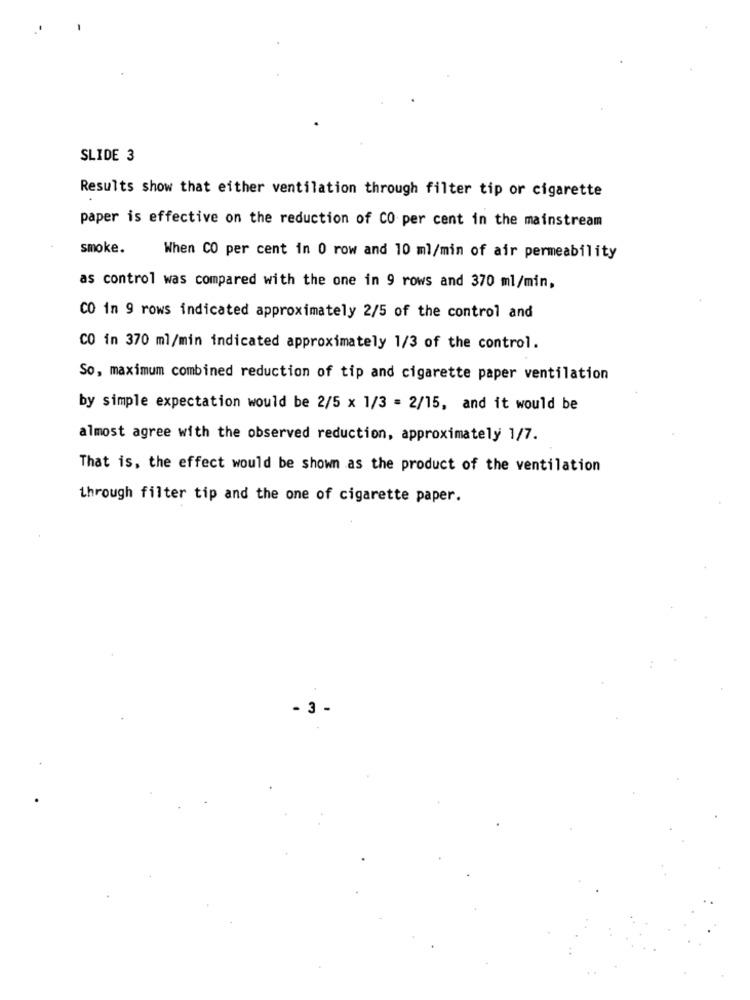
SLIDE 3
Results show that either ventilation through filter tip or cigarette
paper is effective on the reduction of CO per cent in the mainstream
smoke.
When CO per cent in 0 row and 10 ml/min of air permeability
as control was compared with the one in 9 rows and 370 ml/min,
CO in 9 rows indicated approximately 2/5 of the control and
CO in 370 ml/min indicated approximately 1/3 of the control.
So, maximum combined reduction of tip and cigarette paper ventilation
by simple expectation would be 2/5 x 1/3 = 2/15, and it would be
almost agree with the observed reduction, approximately 1/7.
That is, the effect would be shown as the product of the ventilation
through filter tip and the one of cigarette paper.
- 3 -